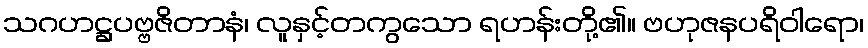
သဂဟဋ္ဌပဗ္ဗဇိတာနံ၊ လူနှင့်တကွသော ရဟန်းတို့၏။ ဗဟုဇနပရိဝါရော၊